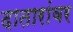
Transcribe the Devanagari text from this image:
दातारांवर